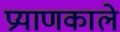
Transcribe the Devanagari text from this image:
प्रयाणकाले